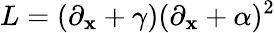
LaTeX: L=(\partial_{\mathbf{x}}+\gamma)(\partial_{\mathbf{x}}+\alpha)^{2}